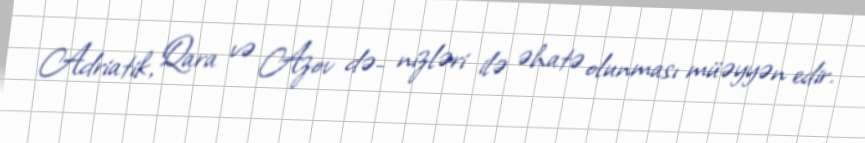
Adriatik, Qara və Azov də- nizləri ilə əhatə olunması müəyyən edir.